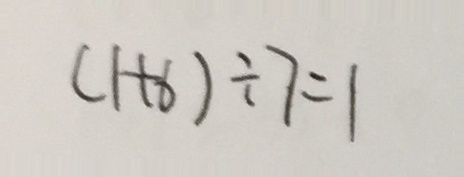
( 1 + 6 ) \div 7 = 1